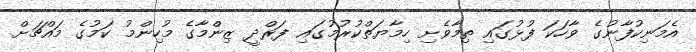
އެމަނިކުފާނުގެ ވާހަކަ ފުޅުގައި ތިމާވެށި ހިމާޔަތްކުރުމުގައި ފަރްދީ ޒިންމާގެ މުހިންމު ކަމުގެ މައްޗަށް